Problem: 14 + 45 = ?
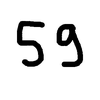
Handwritten answer: 59